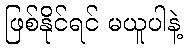
ဖြစ်နိုင်ရင် မယူပါနဲ့